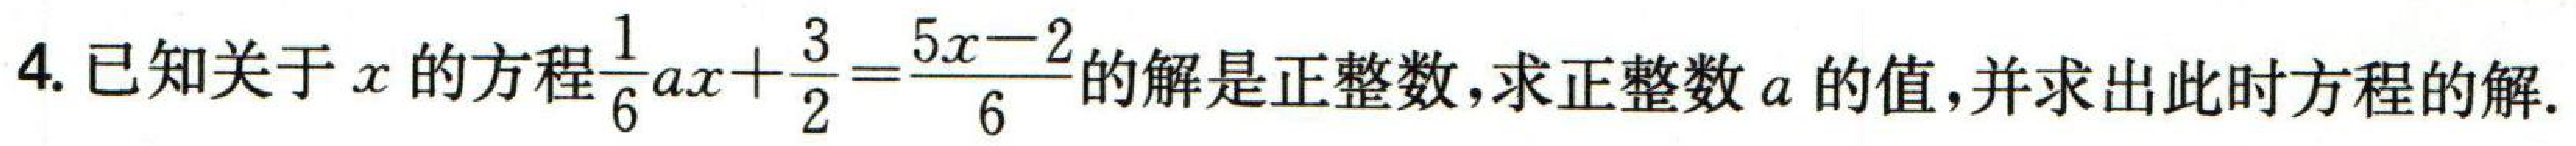
$4.已知关于x的方程\frac{1}{6}ax + \frac{3}{2}=\frac{5x - 2}{6}的解是正整数,求正整数a的值,并求出此时方程的解.$